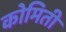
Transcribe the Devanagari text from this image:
कोमिती